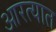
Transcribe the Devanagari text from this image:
आरत्यात